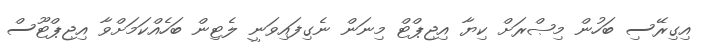
އިގިރޭސި ބަހުން މިޞްރަށް ކިޔާ އިޖިޕްޓް މިނަން ނެގިފައިވަނީ ލެޓިން ބަހެއްކަމަށްވާ އިޖިޕްޓޫސް